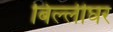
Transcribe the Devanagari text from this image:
बिल्लीघर